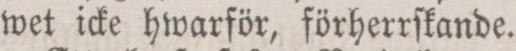
wet icke hwarför, förherrſkande.